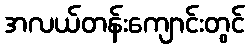
အလယ်တန်းကျောင်းတွင်